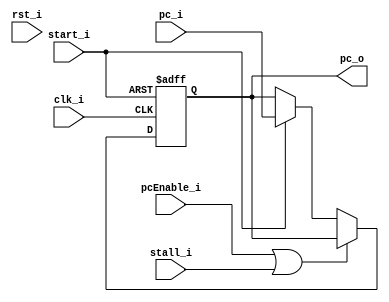
module PC(
    clk_i,
    rst_i,
    start_i,
    pc_i,
    pc_o,
    pcEnable_i,
    stall_i
);

// Ports
input               clk_i;
input               rst_i;
input               start_i;
input               stall_i;
input   [31:0]      pc_i;
output  [31:0]      pc_o;
input               pcEnable_i;
// Wires & Registers
reg     [31:0]      tmp_pc_o;
reg     [31:0]      pc_o;


always@(posedge clk_i or negedge start_i) begin
    if(~start_i) begin
        //tmp_pc_o = 32'b0;
        pc_o <= 32'b0;
    end
    else begin
        if (pcEnable_i | stall_i)
            //tmp_pc_o = pc_o;
            pc_o <= pc_o;
        else if (start_i)
            //tmp_pc_o = pc_i;
            pc_o <= pc_i;
        else
            //tmp_pc_o = pc_o;
            pc_o <= pc_o;
    end

    //pc_o = tmp_pc_o;
end
//assign pc_o = tmp_pc_o;

endmodule